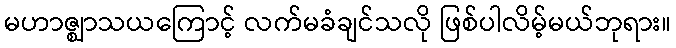
မဟာဇ္ဈာသယကြောင့် လက်မခံချင်သလို ဖြစ်ပါလိမ့်မယ်ဘုရား။